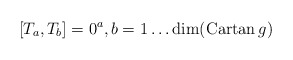
\begin{align*}[T_a , T_b]= 0 \sp a ,b = 1 \ldots {\rm dim}({\rm Cartan}\,g)\end{align*}